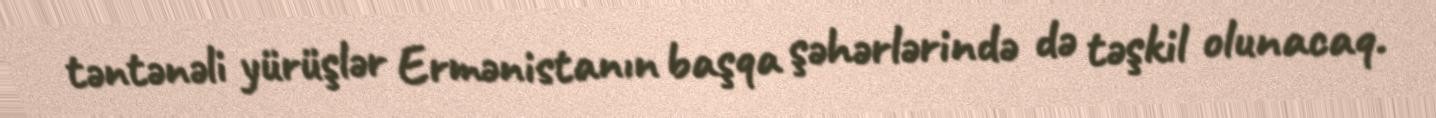
təntənəli yürüşlər Ermənistanın başqa şəhərlərində də təşkil olunacaq.